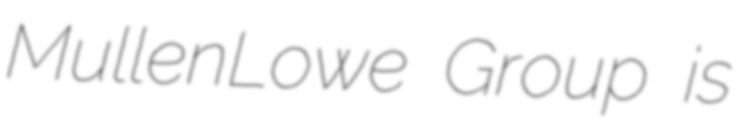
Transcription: MullenLowe Group is